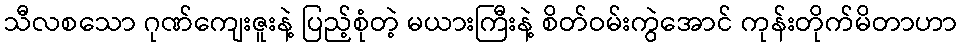
သီလစသော ဂုဏ်ကျေးဇူးနဲ့ ပြည့်စုံတဲ့ မယားကြီးနဲ့ စိတ်ဝမ်းကွဲအောင် ကုန်းတိုက်မိတာဟာ